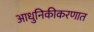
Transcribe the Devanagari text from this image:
आधुनिकीकरणात